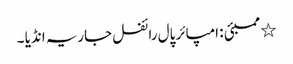
٭ ممبئی : امپائر پال رائفل جاریہ انڈیا ۔